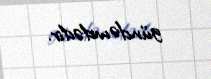
gündəmdədir.